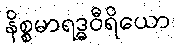
နိစ္စမာရဒ္ဓဝီရိယော